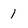
Character: 1